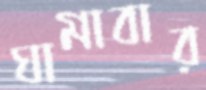
ঘামাবার